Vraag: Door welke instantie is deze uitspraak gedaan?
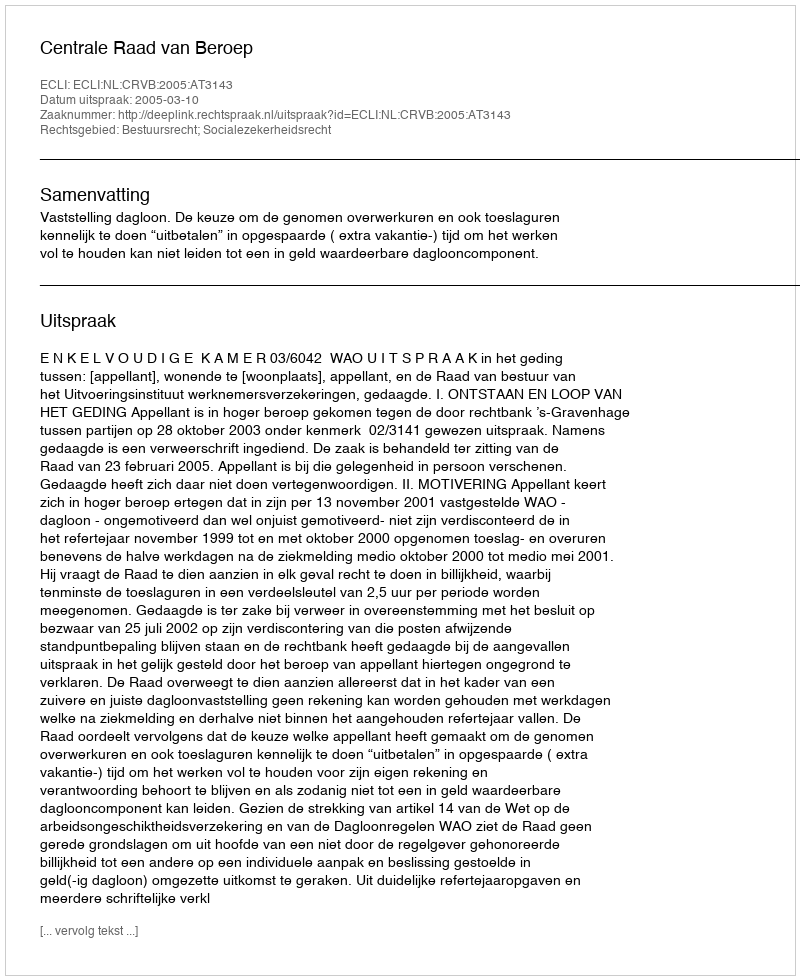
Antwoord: Centrale Raad van Beroep